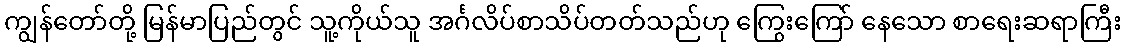
ကျွန်တော်တို့ မြန်မာပြည်တွင် သူ့ကိုယ်သူ အင်္ဂလိပ်စာသိပ်တတ်သည်ဟု ကြွေးကြော် နေသော စာရေးဆရာကြီး